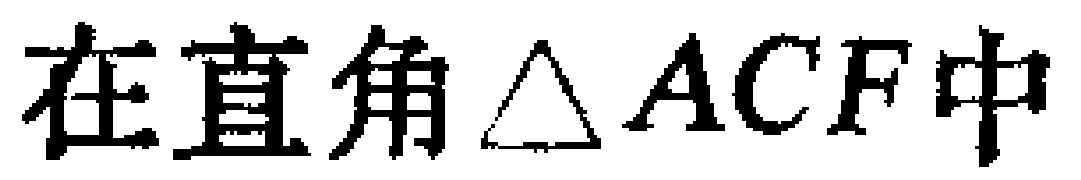
在直角$\triangle ACF$中